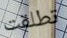
تطلقت